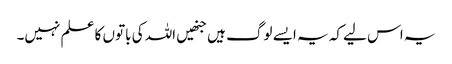
یہ اس لیے کہ یہ ایسے لوگ ہیں جنھیں اللہ کی باتوں کا علم نہیں۔